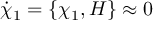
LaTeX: \dot { \chi } _ { 1 } = \left\{ \chi _ { 1 } , H \right\} \approx 0